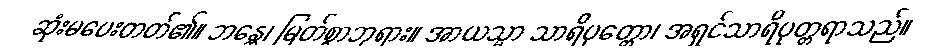
ဆုံးမပေးတတ်၏။ ဘန္တေ၊ မြတ်စွာဘုရား။ အာယသ္မာ သာရိပုတ္တော၊ အရှင်သာရိပုတ္တရာသည်။